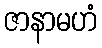
ဇာနာမဟံ